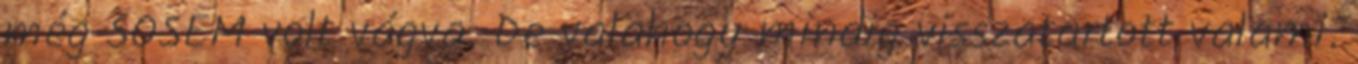
még SOSEM volt vágva. De valahogy mindig visszatartott valami.